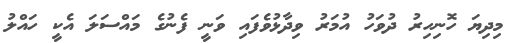
މިދިޔަ ހޮނިހިރު ދުވަހު އުމަރު ވިދާޅުވެފައި ވަނީ ފެނުގެ މައްސަލަ އެކީ ހައްލު